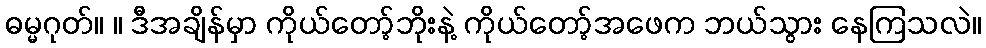
ဓမ္မဂုတ်။ ။ ဒီအချိန်မှာ ကိုယ်တော့်ဘိုးနဲ့ ကိုယ်တော့်အဖေက ဘယ်သွား နေကြသလဲ။